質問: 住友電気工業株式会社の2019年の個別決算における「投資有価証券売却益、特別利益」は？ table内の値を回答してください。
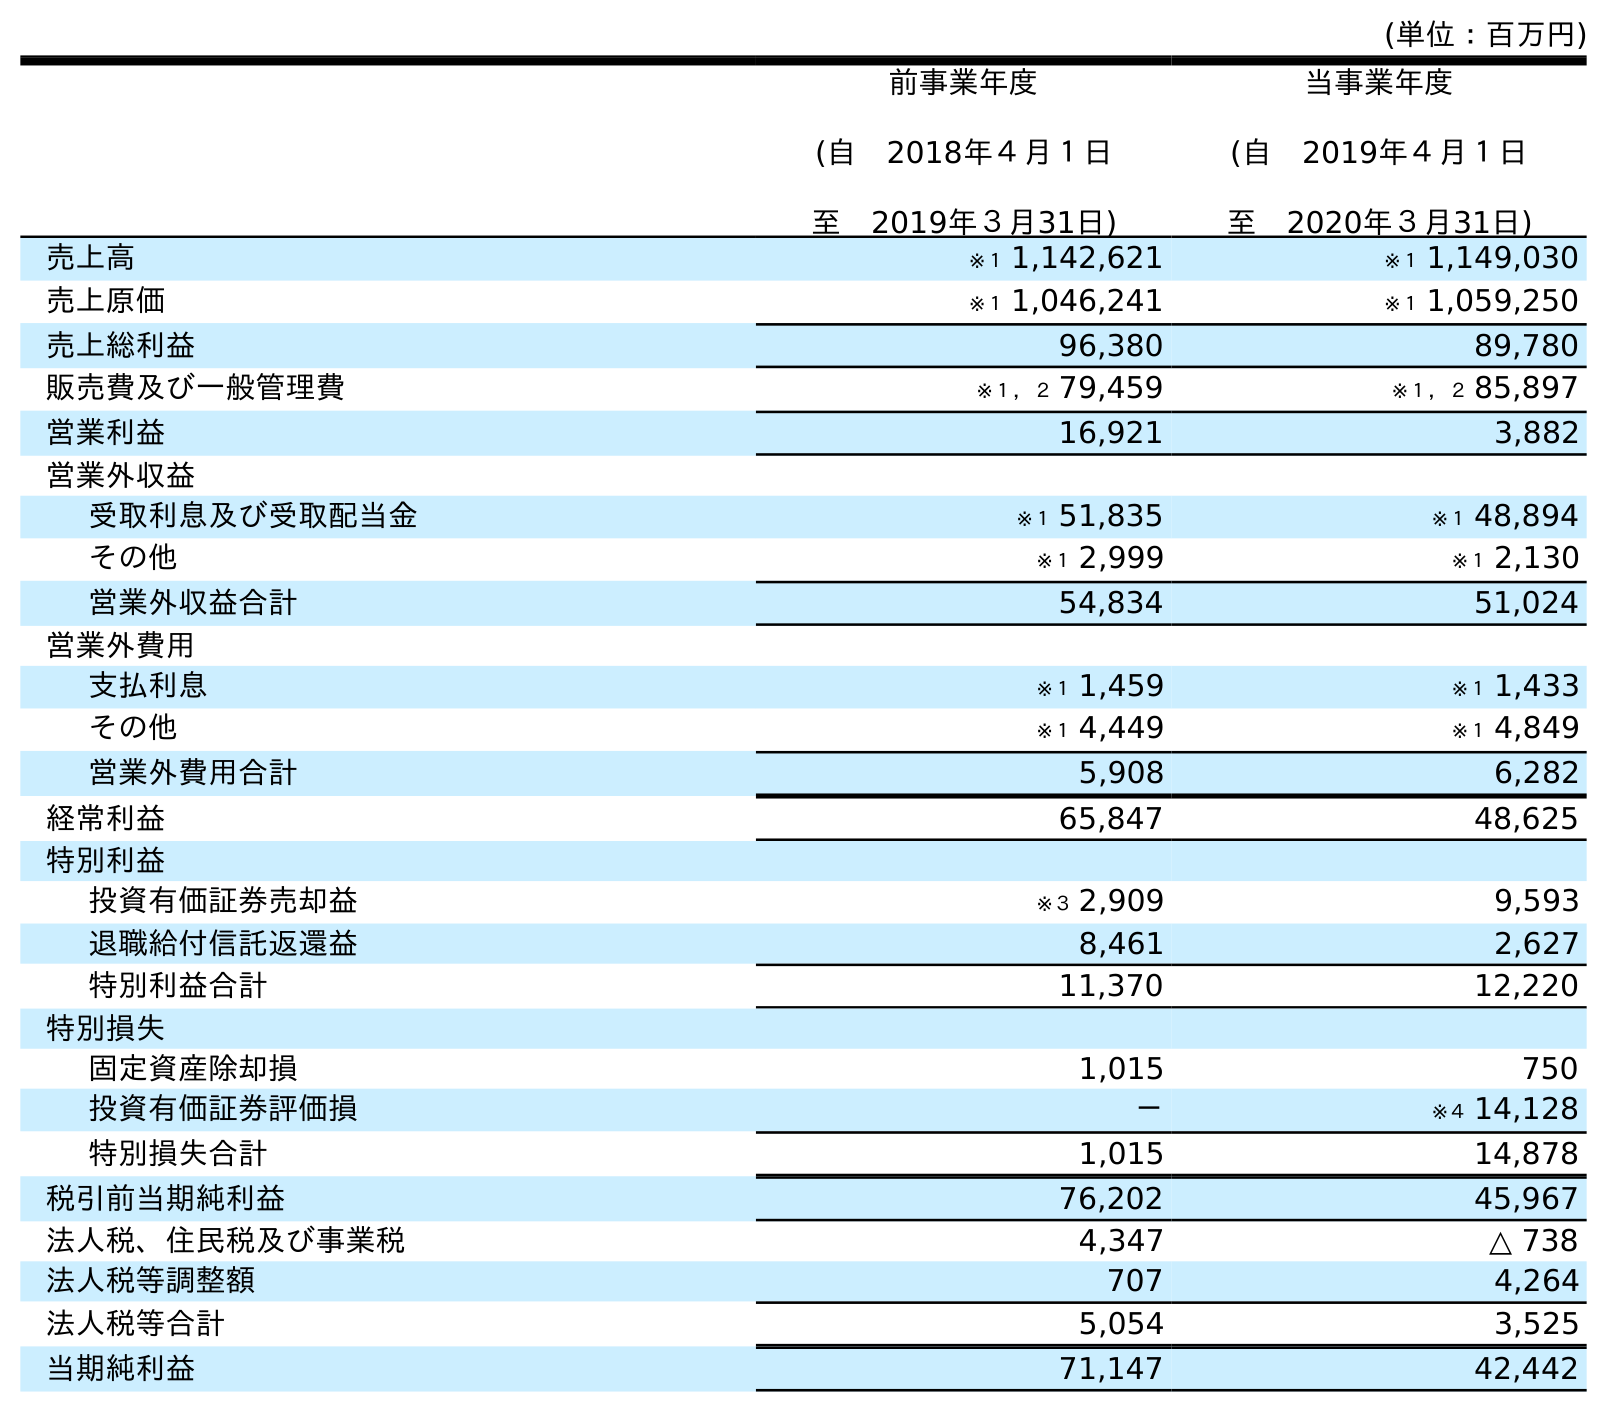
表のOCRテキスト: (単位：百万円) 前事業年度 (自 2018年４月１日 至 2019年３月31日) 当事業年度 (自 2019年４月１日 至 2020年３月31日) 売上高 ※１ 1,142,621 ※１ 1,149,030 売上原価 ※１ 1,046,241 ※１ 1,059,250 売上総利益 96,380 89,780 販売費及び一般管理費 ※１，２ 79,459 ※１，２ 85,897 営業利益 16,921 3,882 営業外収益 受取利息及び受取配当金 ※１ 51,835 ※１ 48,894 その他 ※１ 2,999 ※１ 2,130 営業外収益合計 54,834 51,024 営業外費用 支払利息 ※１ 1,459 ※１ 1,433 その他 ※１ 4,449 ※１ 4,849 営業外費用合計 5,908 6,282 経常利益 65,847 48,625 特別利益 投資有価証券売却益 ※３ 2,909 9,593 退職給付信託返還益 8,461 2,627 特別利益合計 11,370 12,220 特別損失 固定資産除却損 1,015 750 投資有価証券評価損 － ※４ 14,128 特別損失合計 1,015 14,878 税引前当期純利益 76,202 45,967 法人税、住民税及び事業税 4,347 △ 738 法人税等調整額 707 4,264 法人税等合計 5,054 3,525 当期純利益 71,147 42,442
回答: ※３2,909